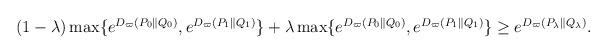
LaTeX: \begin{align*} \begin{aligned} \left(1-\lambda \right) \max \{ e^{D_{\varpi}(P_0 \parallel Q_0)}, e^{D_{\varpi}(P_1 \parallel Q_1)} \} + \lambda \max \{ e^{D_{\varpi}(P_0 \parallel Q_0)}, e^{D_{\varpi}(P_1 \parallel Q_1)} \} \ge e^{D_{\varpi}(P_{\lambda} \parallel Q_{\lambda})}. \end{aligned}\end{align*}